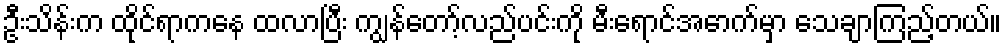
ဦးသိန်းက ထိုင်ရာကနေ ထလာပြီး ကျွန်တော့်လည်ပင်းကို မီးရောင်အောက်မှာ သေချာကြည့်တယ်။